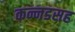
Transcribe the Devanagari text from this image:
कन्नडसह